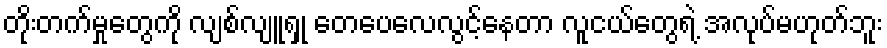
တိုးတက်မှုတွေကို လျစ်လျူရှု တေပေလေလွင့်နေတာ လူငယ်တွေရဲ့ အလုပ်မဟုတ်ဘူး